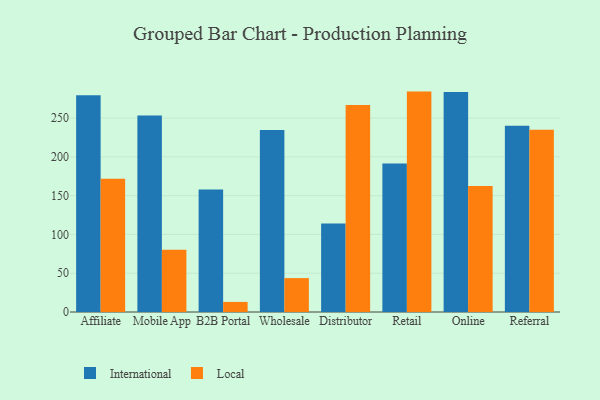
{"axis": {"x": "Channel", "y": "Humidity (%)"}, "legend": ["International", "Local"], "data": [{"x": "Affiliate", "y": 279.5, "type": "International"}, {"x": "Affiliate", "y": 171.9, "type": "Local"}, {"x": "Mobile App", "y": 253.4, "type": "International"}, {"x": "Mobile App", "y": 80.2, "type": "Local"}, {"x": "B2B Portal", "y": 158.0, "type": "International"}, {"x": "B2B Portal", "y": 13.0, "type": "Local"}, {"x": "Wholesale", "y": 234.5, "type": "International"}, {"x": "Wholesale", "y": 43.7, "type": "Local"}, {"x": "Distributor", "y": 114.2, "type": "International"}, {"x": "Distributor", "y": 266.9, "type": "Local"}, {"x": "Retail", "y": 191.4, "type": "International"}, {"x": "Retail", "y": 284.1, "type": "Local"}, {"x": "Online", "y": 283.6, "type": "International"}, {"x": "Online", "y": 162.5, "type": "Local"}, {"x": "Referral", "y": 240.2, "type": "International"}, {"x": "Referral", "y": 234.9, "type": "Local"}]}